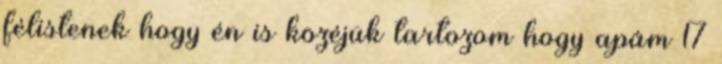
félistenek hogy én is közéjük tartozom hogy apám 17